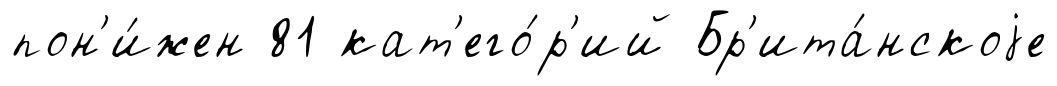
пон'и́жен 81 кат'его́р'ий Бр'ита́нскоjе